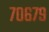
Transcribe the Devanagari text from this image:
७०६७९